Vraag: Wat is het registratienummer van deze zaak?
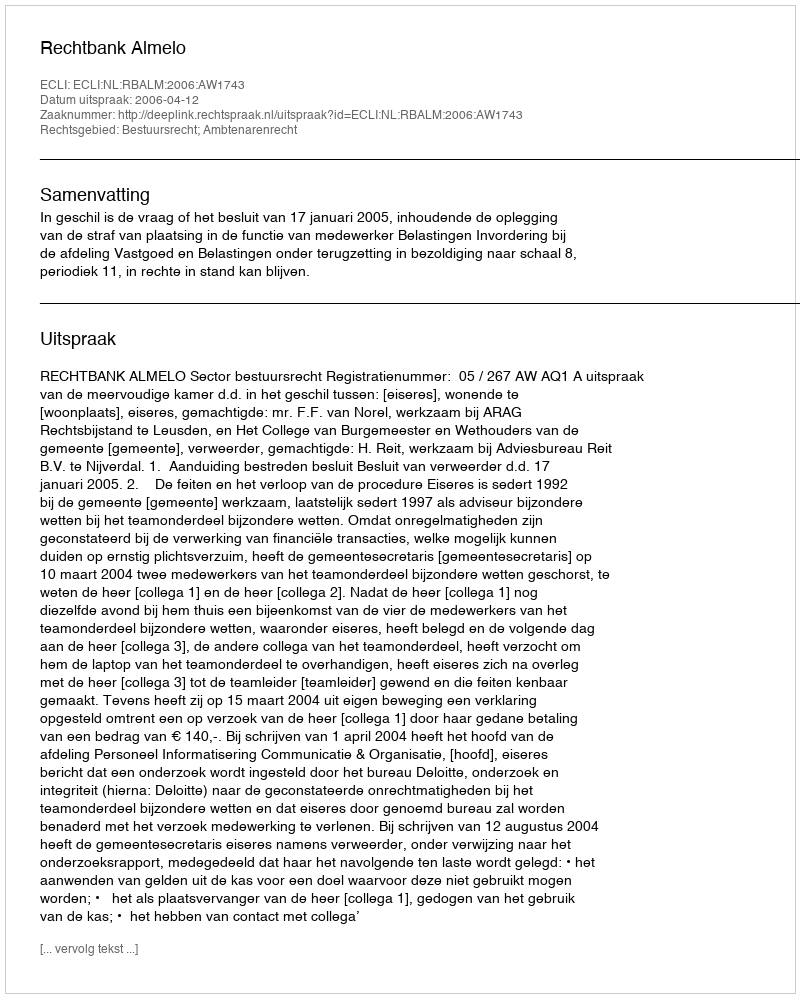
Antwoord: http://deeplink.rechtspraak.nl/uitspraak?id=ECLI:NL:RBALM:2006:AW1743